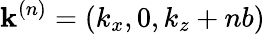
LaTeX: {\mathbf k}^{(n)}=\left(k_{x},0,k_{z}+nb\right)